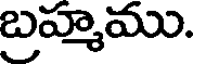
బ్రహ్మము.